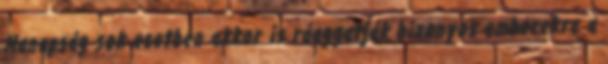
Manapság sok esetben akkor is ráaggatják bizonyos emberekre a